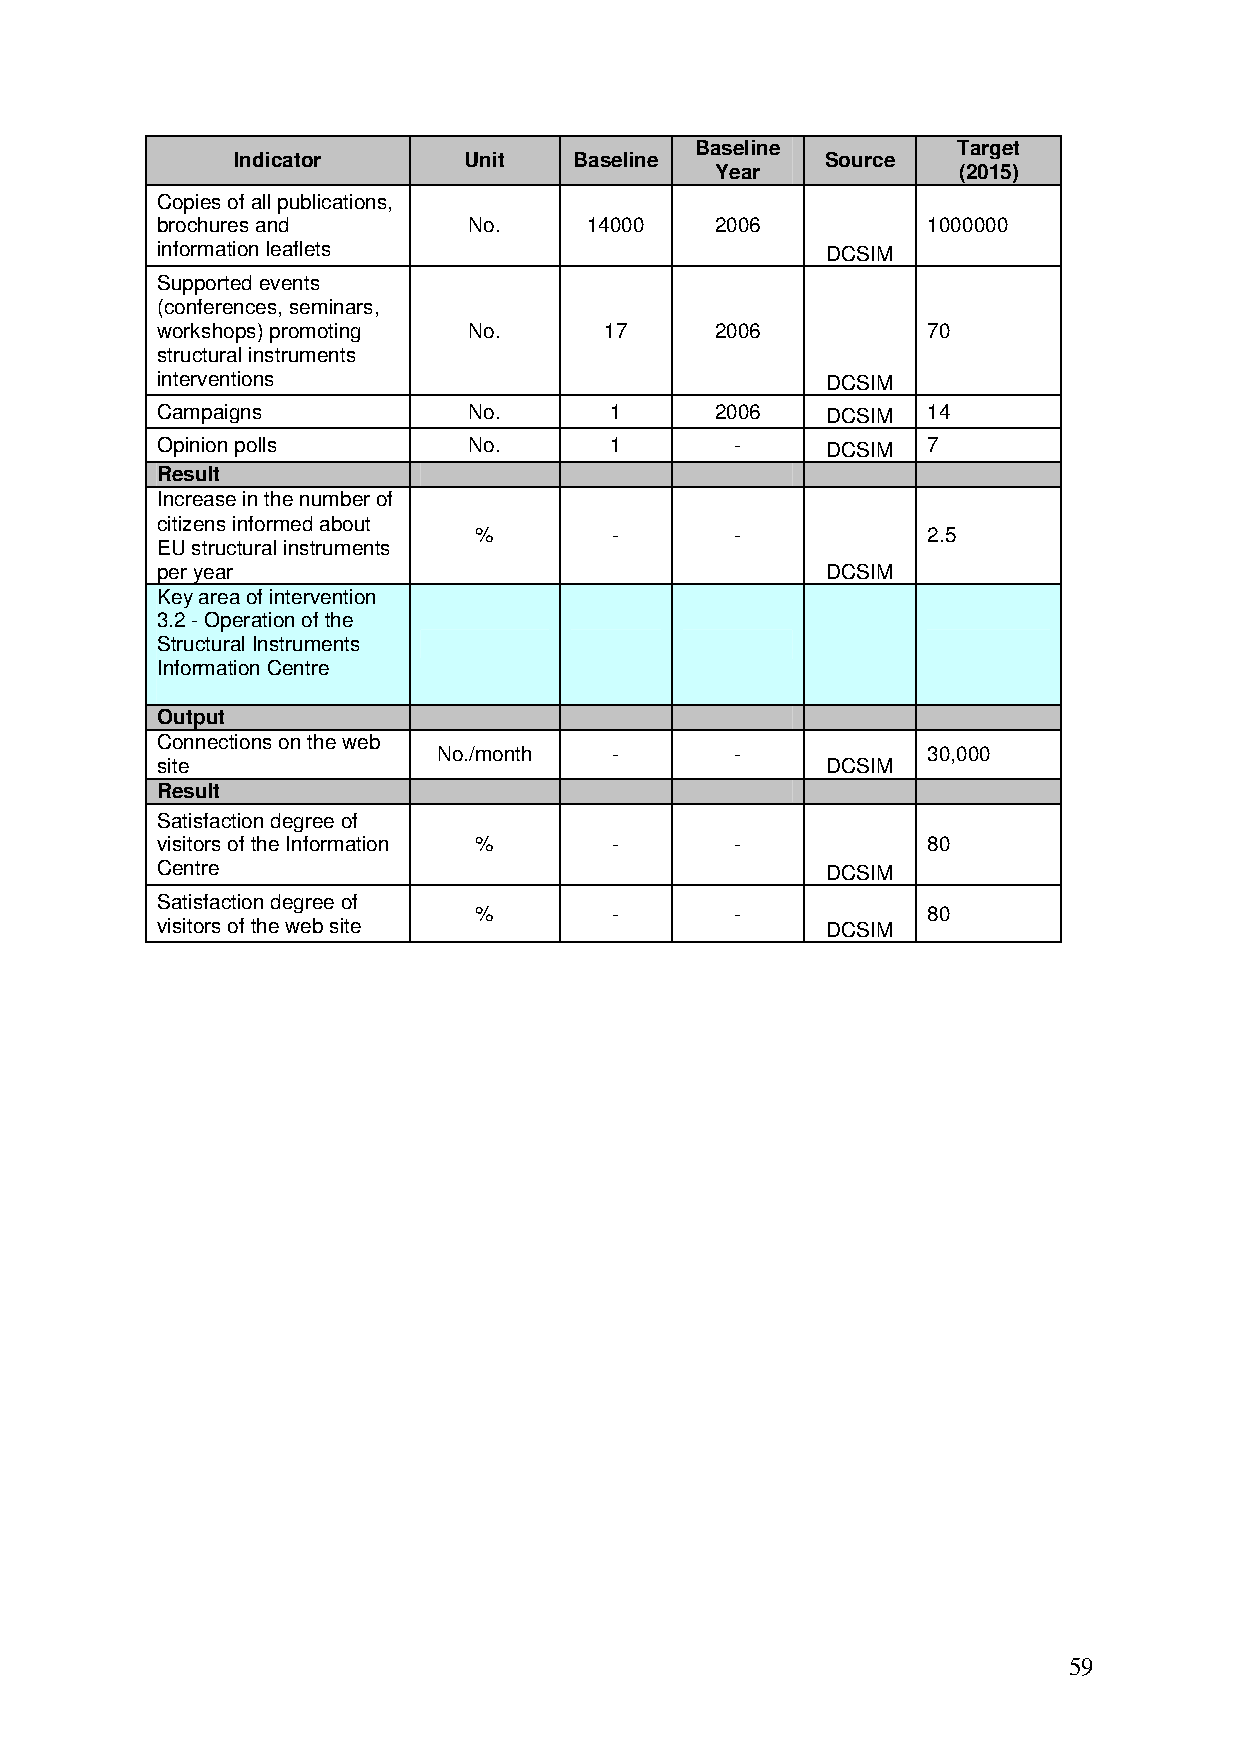
Baseline         Target
 Indicator       Unit   Baseline         Source
 Year            (2015)
 Copies of all publications,
 brochures and        No.     14000   2006          1000000
 information leaflets                         DCSIM
 Supported events
 (conferences, seminars,
 workshops) promoting No.      17     2006          70
 structural instruments
 interventions                                DCSIM
 Campaigns            No.      1      2006    DCSIM 14
 Opinion polls        No.      1        -     DCSIM 7
 Result
 Increase in the number of
 citizens informed about
 %         -       -           2.5
 EU structural instruments
 per year                                     DCSIM
 Key area of intervention
 3.2 - Operation of the
 Structural Instruments
 Information Centre
 Output
 Connections on the web
 No./month   -       -           30,000
 site                                         DCSIM
 Result
 Satisfaction degree of
 visitors of the Information %  -       -           80
 Centre                                       DCSIM
 Satisfaction degree of
 %         -       -           80
 visitors of the web site                     DCSIM
 59